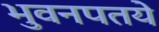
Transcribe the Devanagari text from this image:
भुवनपतये